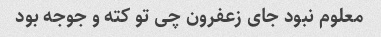
معلوم نبود جای زعفرون چی تو کته و جوجه بود